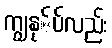
ကျွနု်ပ်လည်း